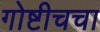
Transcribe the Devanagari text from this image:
गोष्टीचचा